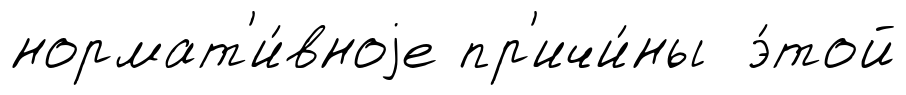
нормат'и́вноjе пр'ичи́ны э́той